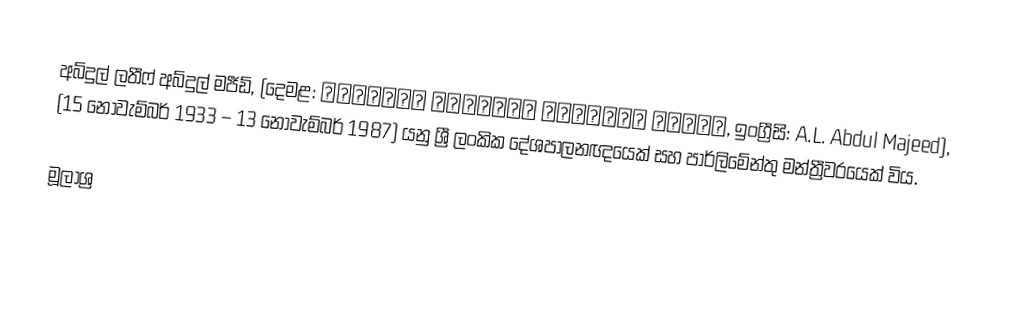
අබ්දුල් ලතීෆ් අබ්දුල් මජීඩ්, (දෙමළ: அப்துல் லத்தீப் அப்துல் மஜீத், ඉංග්‍රීසි: A.L. Abdul Majeed), (15 නොවැම්බර් 1933 – 13 නොවැම්බර් 1987) යනු ශ්‍රී ලංකික දේශපාලනඥයෙක් සහ පාර්ලිමේන්තු මන්ත්‍රීවරයෙක් විය.

මූලාශ්‍ර